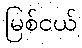
မြစ်ငယ်